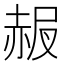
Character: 𧹠